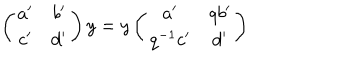
\left( \begin{matrix} { { a ^ { \prime } } } & { { b ^ { \prime } } } \\ { { c ^ { \prime } } } & { { d ^ { \prime } } } \\ \end{matrix} \right) y = y \left( \begin{matrix} { { a ^ { \prime } } } & { { q b ^ { \prime } } } \\ { { q ^ { - 1 } c ^ { \prime } } } & { { d ^ { \prime } } } \\ \end{matrix} \right)